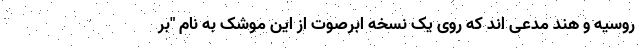
روسیه و هند مدعی اند که روی یک نسخه ابرصوت از این موشک به نام "بر